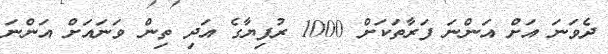
ދެވަނަ އަށް އަންނަ ފަރާތަކަށް 1000 ރުފިޔާގެ އަދި ތިން ވަނައަށް އަންނަ